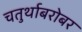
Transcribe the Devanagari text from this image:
चतुर्थाबरोबर